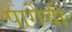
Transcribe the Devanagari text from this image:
पागेची